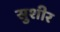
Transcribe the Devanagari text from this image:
सुशीर